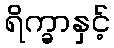
ရိက္ခာနှင့်